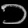
Digit: ၁